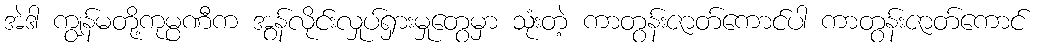
အဲဒါ ကျွန်မတို့ကုမ္ပဏီက အွန်လိုင်းလှုပ်ရှားမှုတွေမှာ သုံးတဲ့ ကာတွန်းဇာတ်ကောင်ပါ ကာတွန်းဇာတ်ကောင်